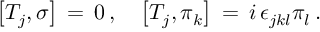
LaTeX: \left[ T _ { j } , \sigma \right] \, = \, 0 \, , \quad \left[ T _ { j } , \pi _ { k } \right] \, = \, i \, \epsilon _ { j k l } \pi _ { l } \, .